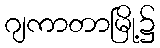
ဂျကာတာမြို့၌